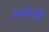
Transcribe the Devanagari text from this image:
रचनेवाली